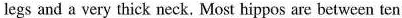
legs and a very thick neck. Most hippos are between ten